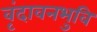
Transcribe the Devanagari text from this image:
वृंदावनभुवि